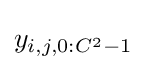
y_{i,j,0:C^{2}-1}